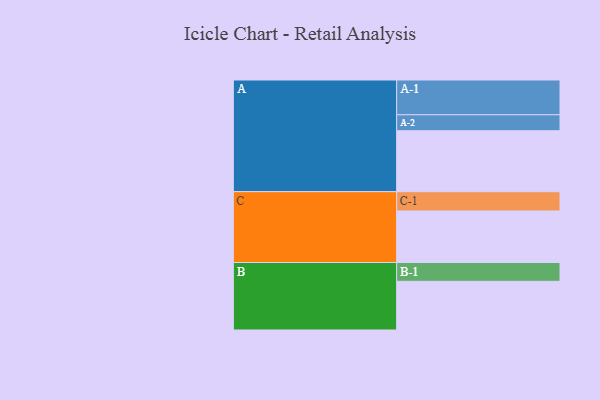
{"axis": {"x": "Segment", "y": "Value"}, "legend": ["", "A", "B", "C"], "data": [{"x": "A", "y": 382, "type": ""}, {"x": "B", "y": 305, "type": ""}, {"x": "C", "y": 323, "type": ""}, {"x": "A-1", "y": 218, "type": "A"}, {"x": "A-2", "y": 100, "type": "A"}, {"x": "B-1", "y": 118, "type": "B"}, {"x": "C-1", "y": 121, "type": "C"}]}